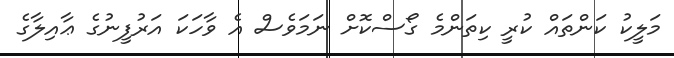
މަލީކު ކަންތައް ކުރީ ކިތަންމެ ގޯސްކޮށް ނަމަވެސް އެ ވާހަކަ އަރުފީނުގެ ޢާއިލާގެ